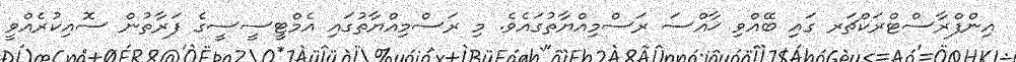
އިންފްރާސްޓްރަކްޗަރ ގައި ބޭއްވި ޚާއްސަ ރަސްމިއްޔާތުގައެވެ. މި ރަސްމިއްޔާތުގައި އެމްޓީސީސީގެ ފަރާތުން ސޮއިކުރެއްވީ